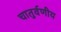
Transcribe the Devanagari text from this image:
चातुर्वणीय